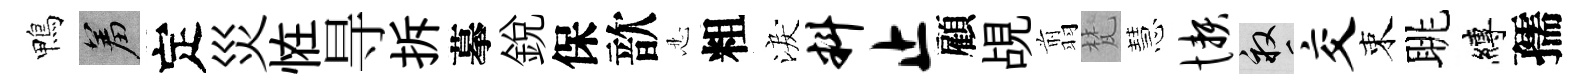
鴨羞定災恠㝵拆摹銳保歆忍粗淚料止顧覘翦梵慧懒畝交束眺縛孺